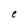
Character: e